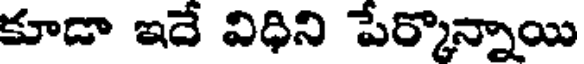
కూడా ఇదే విధిని పేర్కొన్నాయి